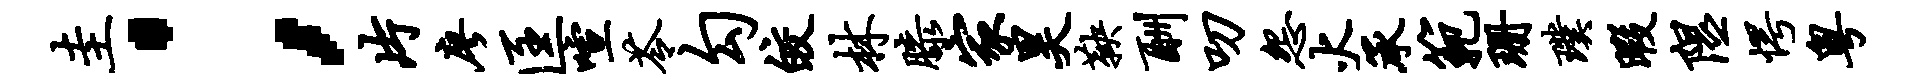
圭；片廖匡喧苓勾皎林膝家昊鞅酬叨怨火承范珊璞暇隰愕粤